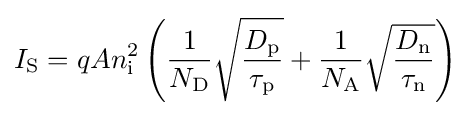
I_{\text{S}}=qAn_{\text{i}}^{2}\left({\frac {1}{N_{\text{D}}}}{\sqrt {\frac {D_{\text{p}}}{\tau _{\text{p}}}}}+{\frac {1}{N_{\text{A}}}}{\sqrt {\frac {D_{\text{n}}}{\tau _{\text{n}}}}}\right)